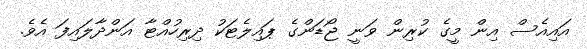
އައިއެސް އިން މީގެ ކުރިން ވަނީ ޖޯޑަންގެ ޕައިލެޓަކު ދިރިހުއްޓާ އަންދާލައިފަ އެވެ.